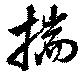
揣